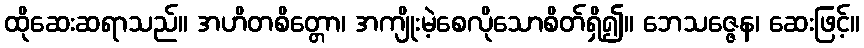
ထိုဆေးဆရာသည်။ အဟိတစိတ္တော၊ အကျိုးမဲ့စေလိုသောစိတ်ရှိ၍။ ဘေသဇ္ဇေန၊ ဆေးဖြင့်။